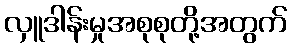
လှူဒါန်းမှုအစုစုတို့အတွက်